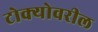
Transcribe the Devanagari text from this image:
टोक्योवरील